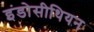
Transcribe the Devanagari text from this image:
इंडोसीथियन